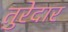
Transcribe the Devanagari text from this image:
तुरेदार